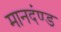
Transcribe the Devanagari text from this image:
मानदंण्ड